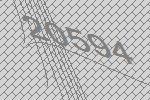
20594